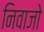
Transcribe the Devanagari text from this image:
निवाजो